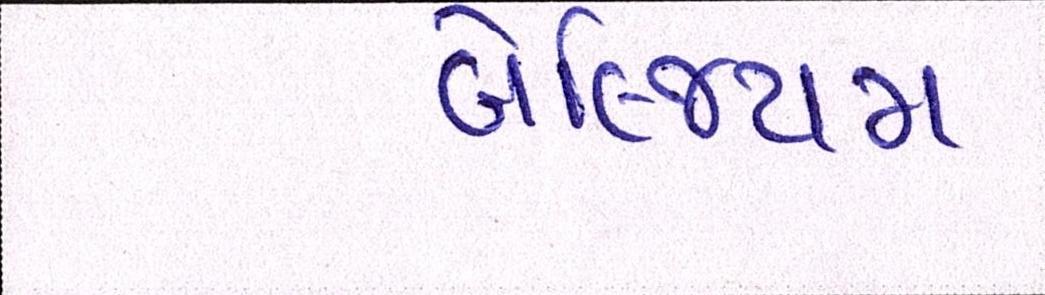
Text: બેલ્જિયમ